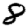
Digit: 8